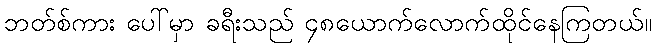
ဘတ်စ်ကား ပေါ်မှာ ခရီးသည် ၄၈ယောက်လောက်ထိုင်နေကြတယ်။